Vana-Antsla_vallavalitsus, lk 47
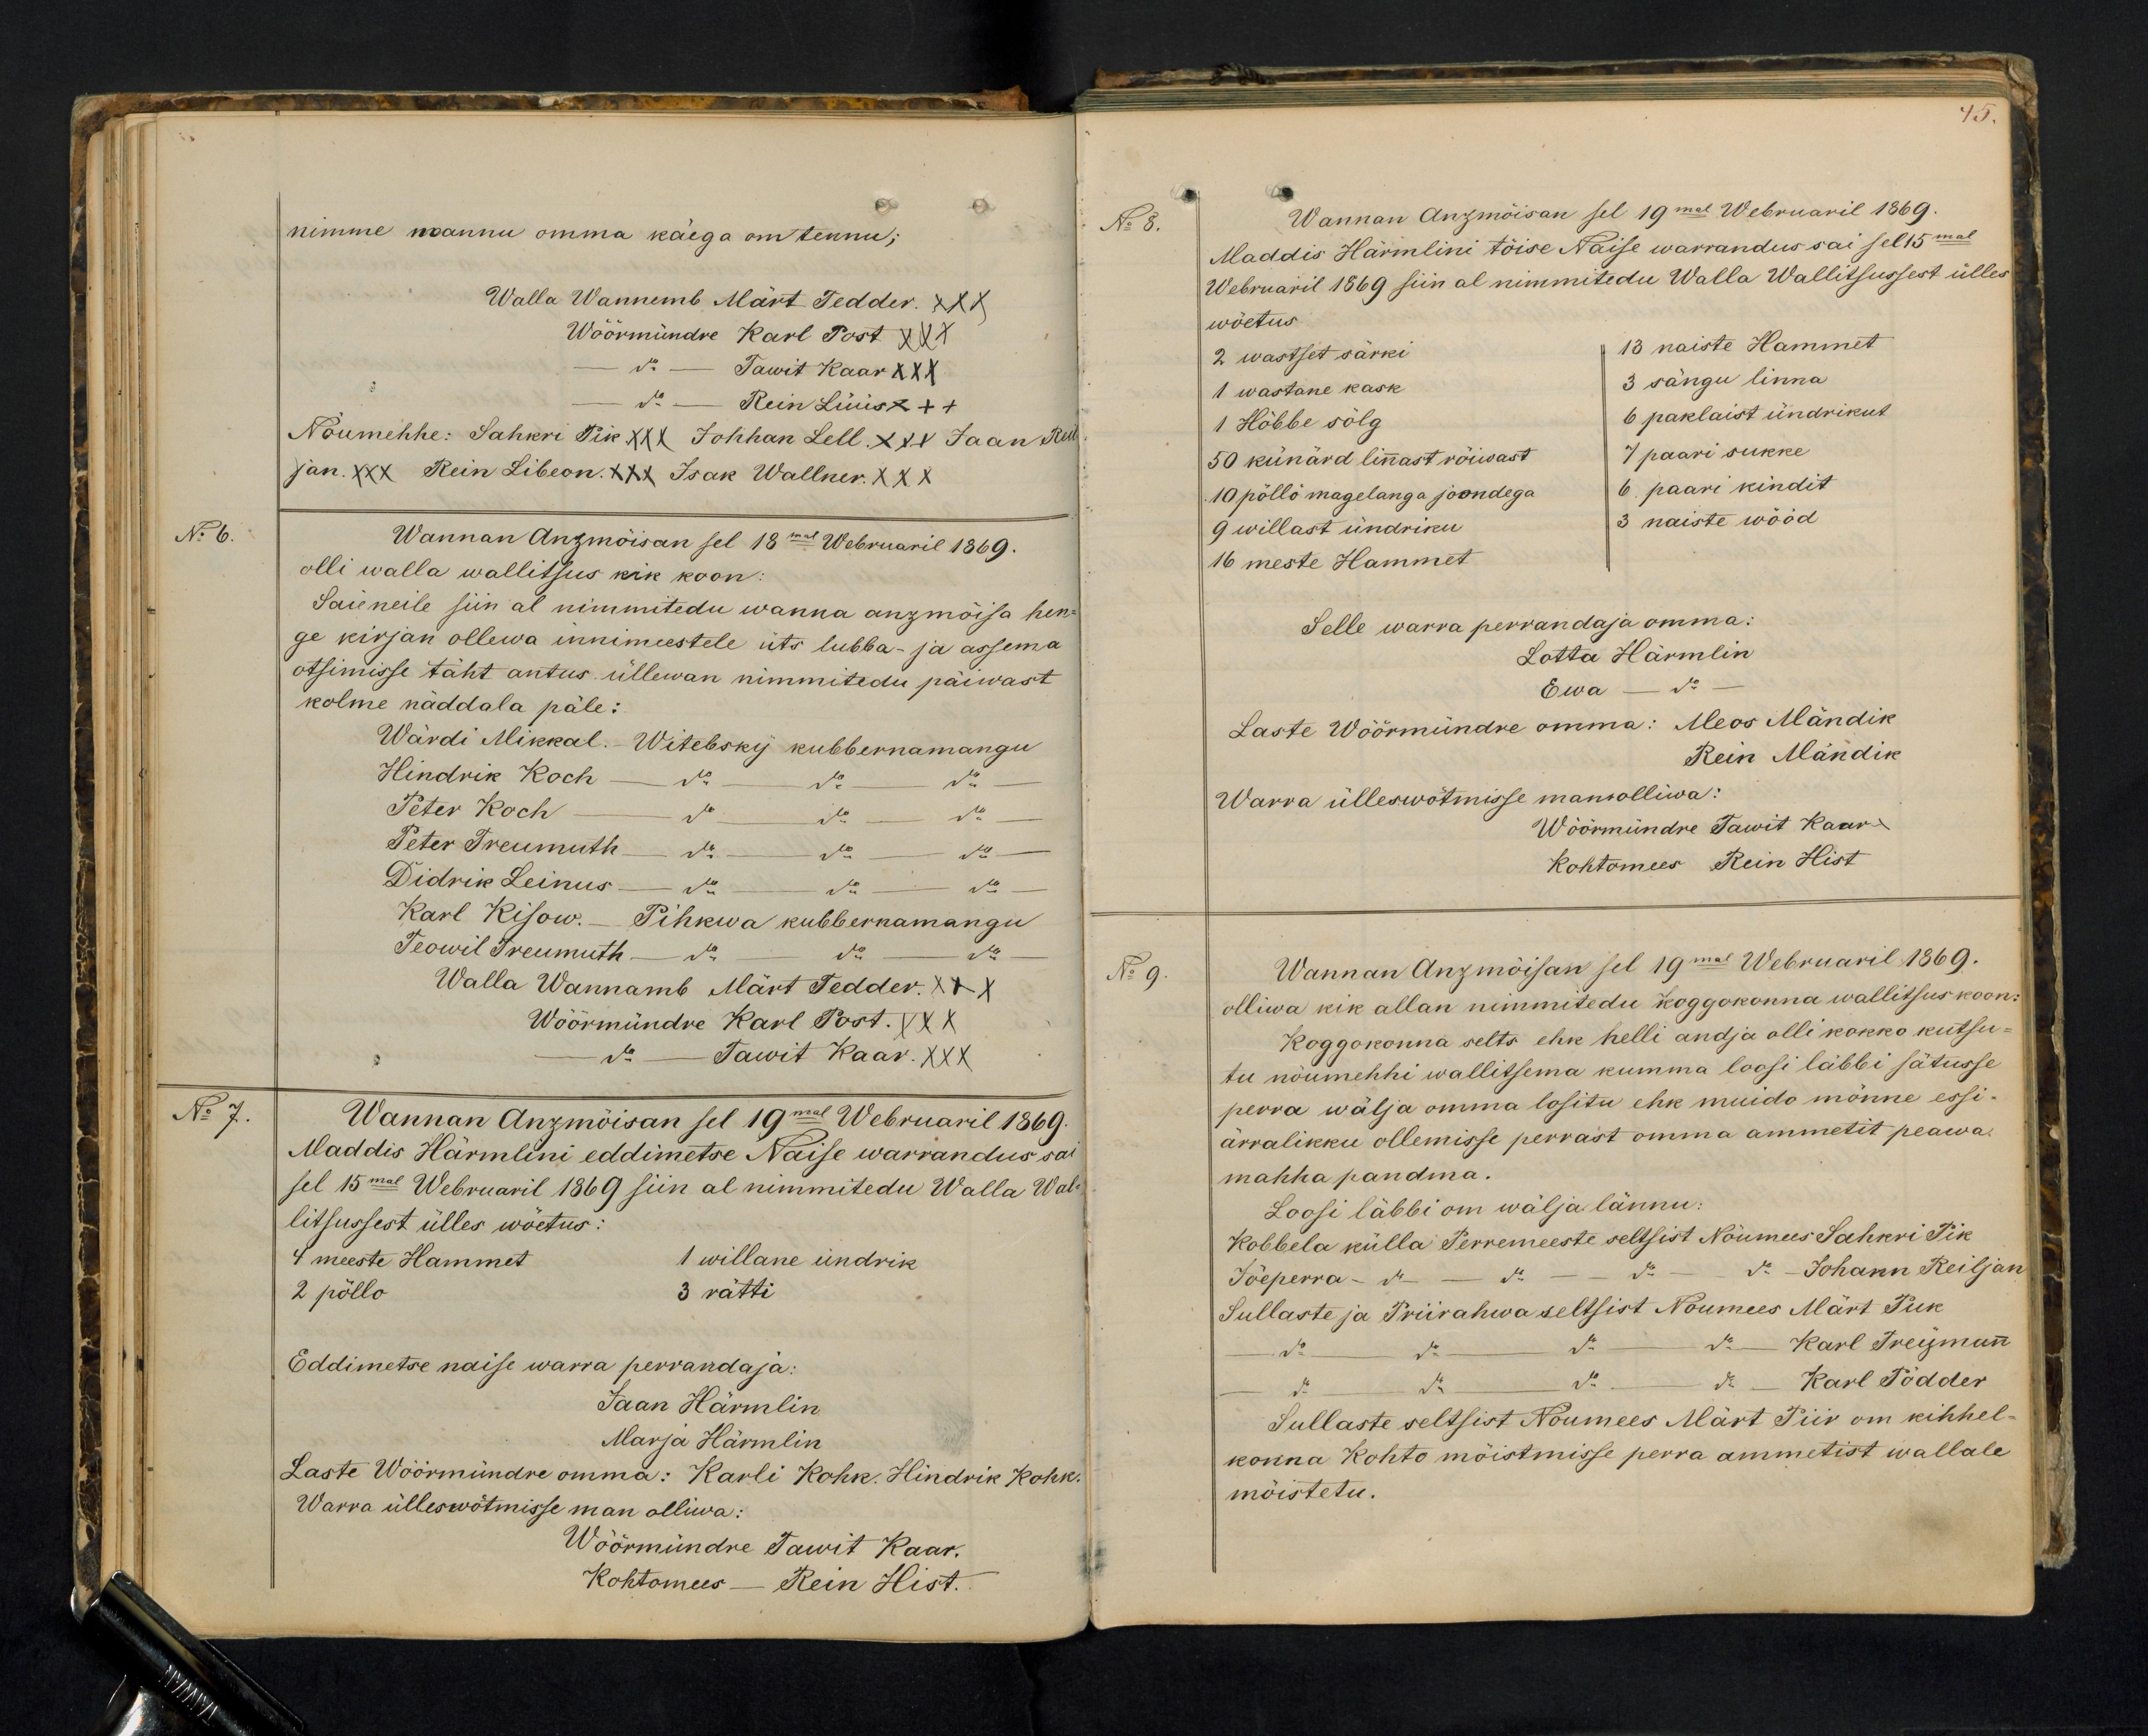
nimme mannu omma käega on tennu;
Walla Wannemb Märt Tedder XXX
Wöörmündre Karl Post XXX
do. - Tawit Kaar XXX
do - Rein Lüüs +++
Nõumehhe: Sahkri Pik XXX Johhan Lell XXX Jaan Reil-
jan XXX Rein Libeon XXX Isak Wallner XXX
N: 6.
Wannan Anzmöisan sel 18mal Webruaril 1869.
olli walla wallitsus kik koon
Saie neile siin al nimmitedu wanna anzmõisa hen-
ge kirjan ollewa innimeestele üts lubba- ja assema
otsimisse täht antus üllewan nimmitedu päiwast
kolme näddala päle:
Wärdi Mikkal. - Witebsky kubbernamangu
Hindrik Koch - do - do - do -
Peter Koch - 1 do - do - do -
Peter Treumuth - do - do - do
Didrik Leinus - do - do - do -
Karl Kisow.- Pihkwa kubbernamangu
Teowil Treumuth - do - do - do
Walla Wannamb Märt Tedder XXX
Wöörmündre Karl Post. XXX
do. Tawit Kaar XXX
No 7.
Wannan Anzmõisan sel 19mal Webruaril 1869.
Maddis Härmlini eddimetse Naise warrandus sai
sel 15mal Webruaril 1869 siin al nimmitedu Walla Wal-
litsussest ülles wöetus:
4 meeste Hammet
1 willane undrik
2 põllo
3 rätti
Eddimetse naise warra perrandaja:
Jaan Härmlin
Marja Härmlin
Laste Wöörmündre omma: Karli Kohk. Hindrik Kohk
Warra ülleswõtmisse man olliwa:
Wöörmündre Tawit Kaar
Kohtomees - Rein Hist.

45.
No 8.
Wannan Anzmõisan sel 19mal Webruaril 1869.
Maddis Härmlini tõise Naise warrandus sai sel 15mal
Webruaril 1869 siin al nimmitedu Walla Wallitsussest ülles
wõetus.
2 wastset särki
13 naiste Hammet
1 wastane kask
3 sängu linna
1 Höbbe sölg
6 paklaist ündrikut
50 künärd linast röiwast
7 paari sukke
10 pöllö magelanga joondega
6. paari kindit.
9 willast ündriku
3 naiste wööd
16 meste Hammet
Selle warra perrandaja omma:
Lotta Härmlin
Ewa do
Laste Wöörmündre omma: Meos Mändik
Rein Mändik
Warra ülleswõtmisse mannolliwa:
Wöörmündre Tawit Kaar
Kohtomees Rein Hist
No 9.
Wannan Angmõisan sel 19mal Webruaril 1869.
olliwa kik allan nimmitedu koggokonna wallitsus koon:
Koggokonna selts ehk helli andja olli kokko kutsu-
tu nöumehhi wallitsema kumma loosi läbbi sätusse
perra wälja omma lossitu ehk muido mönne essi-
ärralikku ollemisse perrast omma ammetit peawa
mahha pandma.
Loosi läbbi om wälja lännu:
Kobbela külla Perremeeste seltsist Nõumees Sahkri Pik
Jõeperra- do - - do - - do - - do Johann Reiljan
Sullaste ja Priirahwa seltsist Nõumees Märt Puk
- do - do - do - do  Karl Treymann
- do - do - do - do Karl Pödder
Sullaste seltsist Nõumees Märt Piir om kihhel-
konna Kohto mõistmisse perra ammetist wallale
möistetu.